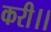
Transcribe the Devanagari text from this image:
करी।।